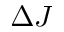
{ \Delta J }